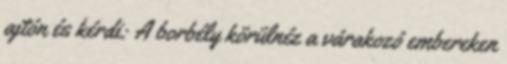
ajtón és kérdi: A borbély körülnéz a várakozó embereken